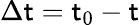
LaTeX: \Delta\mathsf{t}=\mathsf{t}_{0}-\mathsf{t}